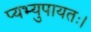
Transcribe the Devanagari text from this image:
प्यभ्युपायतः।